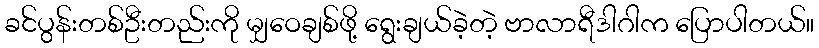
ခင်ပွန်းတစ်ဦးတည်းကို မျှဝေချစ်ဖို့ ရွေးချယ်ခဲ့တဲ့ ဗာလာရီဒါဂါက ပြောပါတယ်။